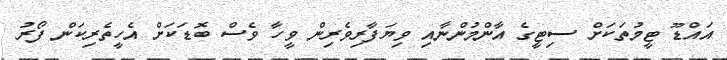
އައްޑޫ ޓީމުތަކަށް ސިޓީގެ އާންމުންނާއި ވިޔަފާރިވެރިން ވީހާ ވެސް ބޮޑަކަށް އެހީތެރިކަން ފޯރު